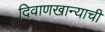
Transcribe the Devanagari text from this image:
दिवाणखान्याची